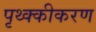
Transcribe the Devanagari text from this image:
पृथ्क्कीकरण